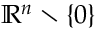
\mathbb { R } ^ { n } \setminus \lbrace 0 \rbrace